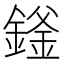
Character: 𬫻